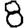
Digit: 8